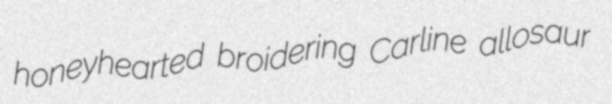
honeyhearted broidering Carline allosaur